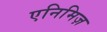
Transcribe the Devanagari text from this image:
एनिमिज़